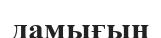
дамығын